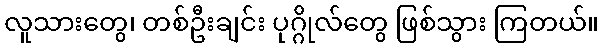
လူသားတွေ၊ တစ်ဦးချင်း ပုဂ္ဂိုလ်တွေ ဖြစ်သွား ကြတယ်။